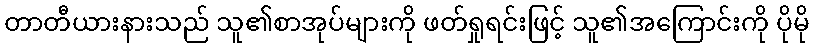
တာတီယားနားသည် သူ၏စာအုပ်များကို ဖတ်ရှုရင်းဖြင့် သူ၏အကြောင်းကို ပိုမို